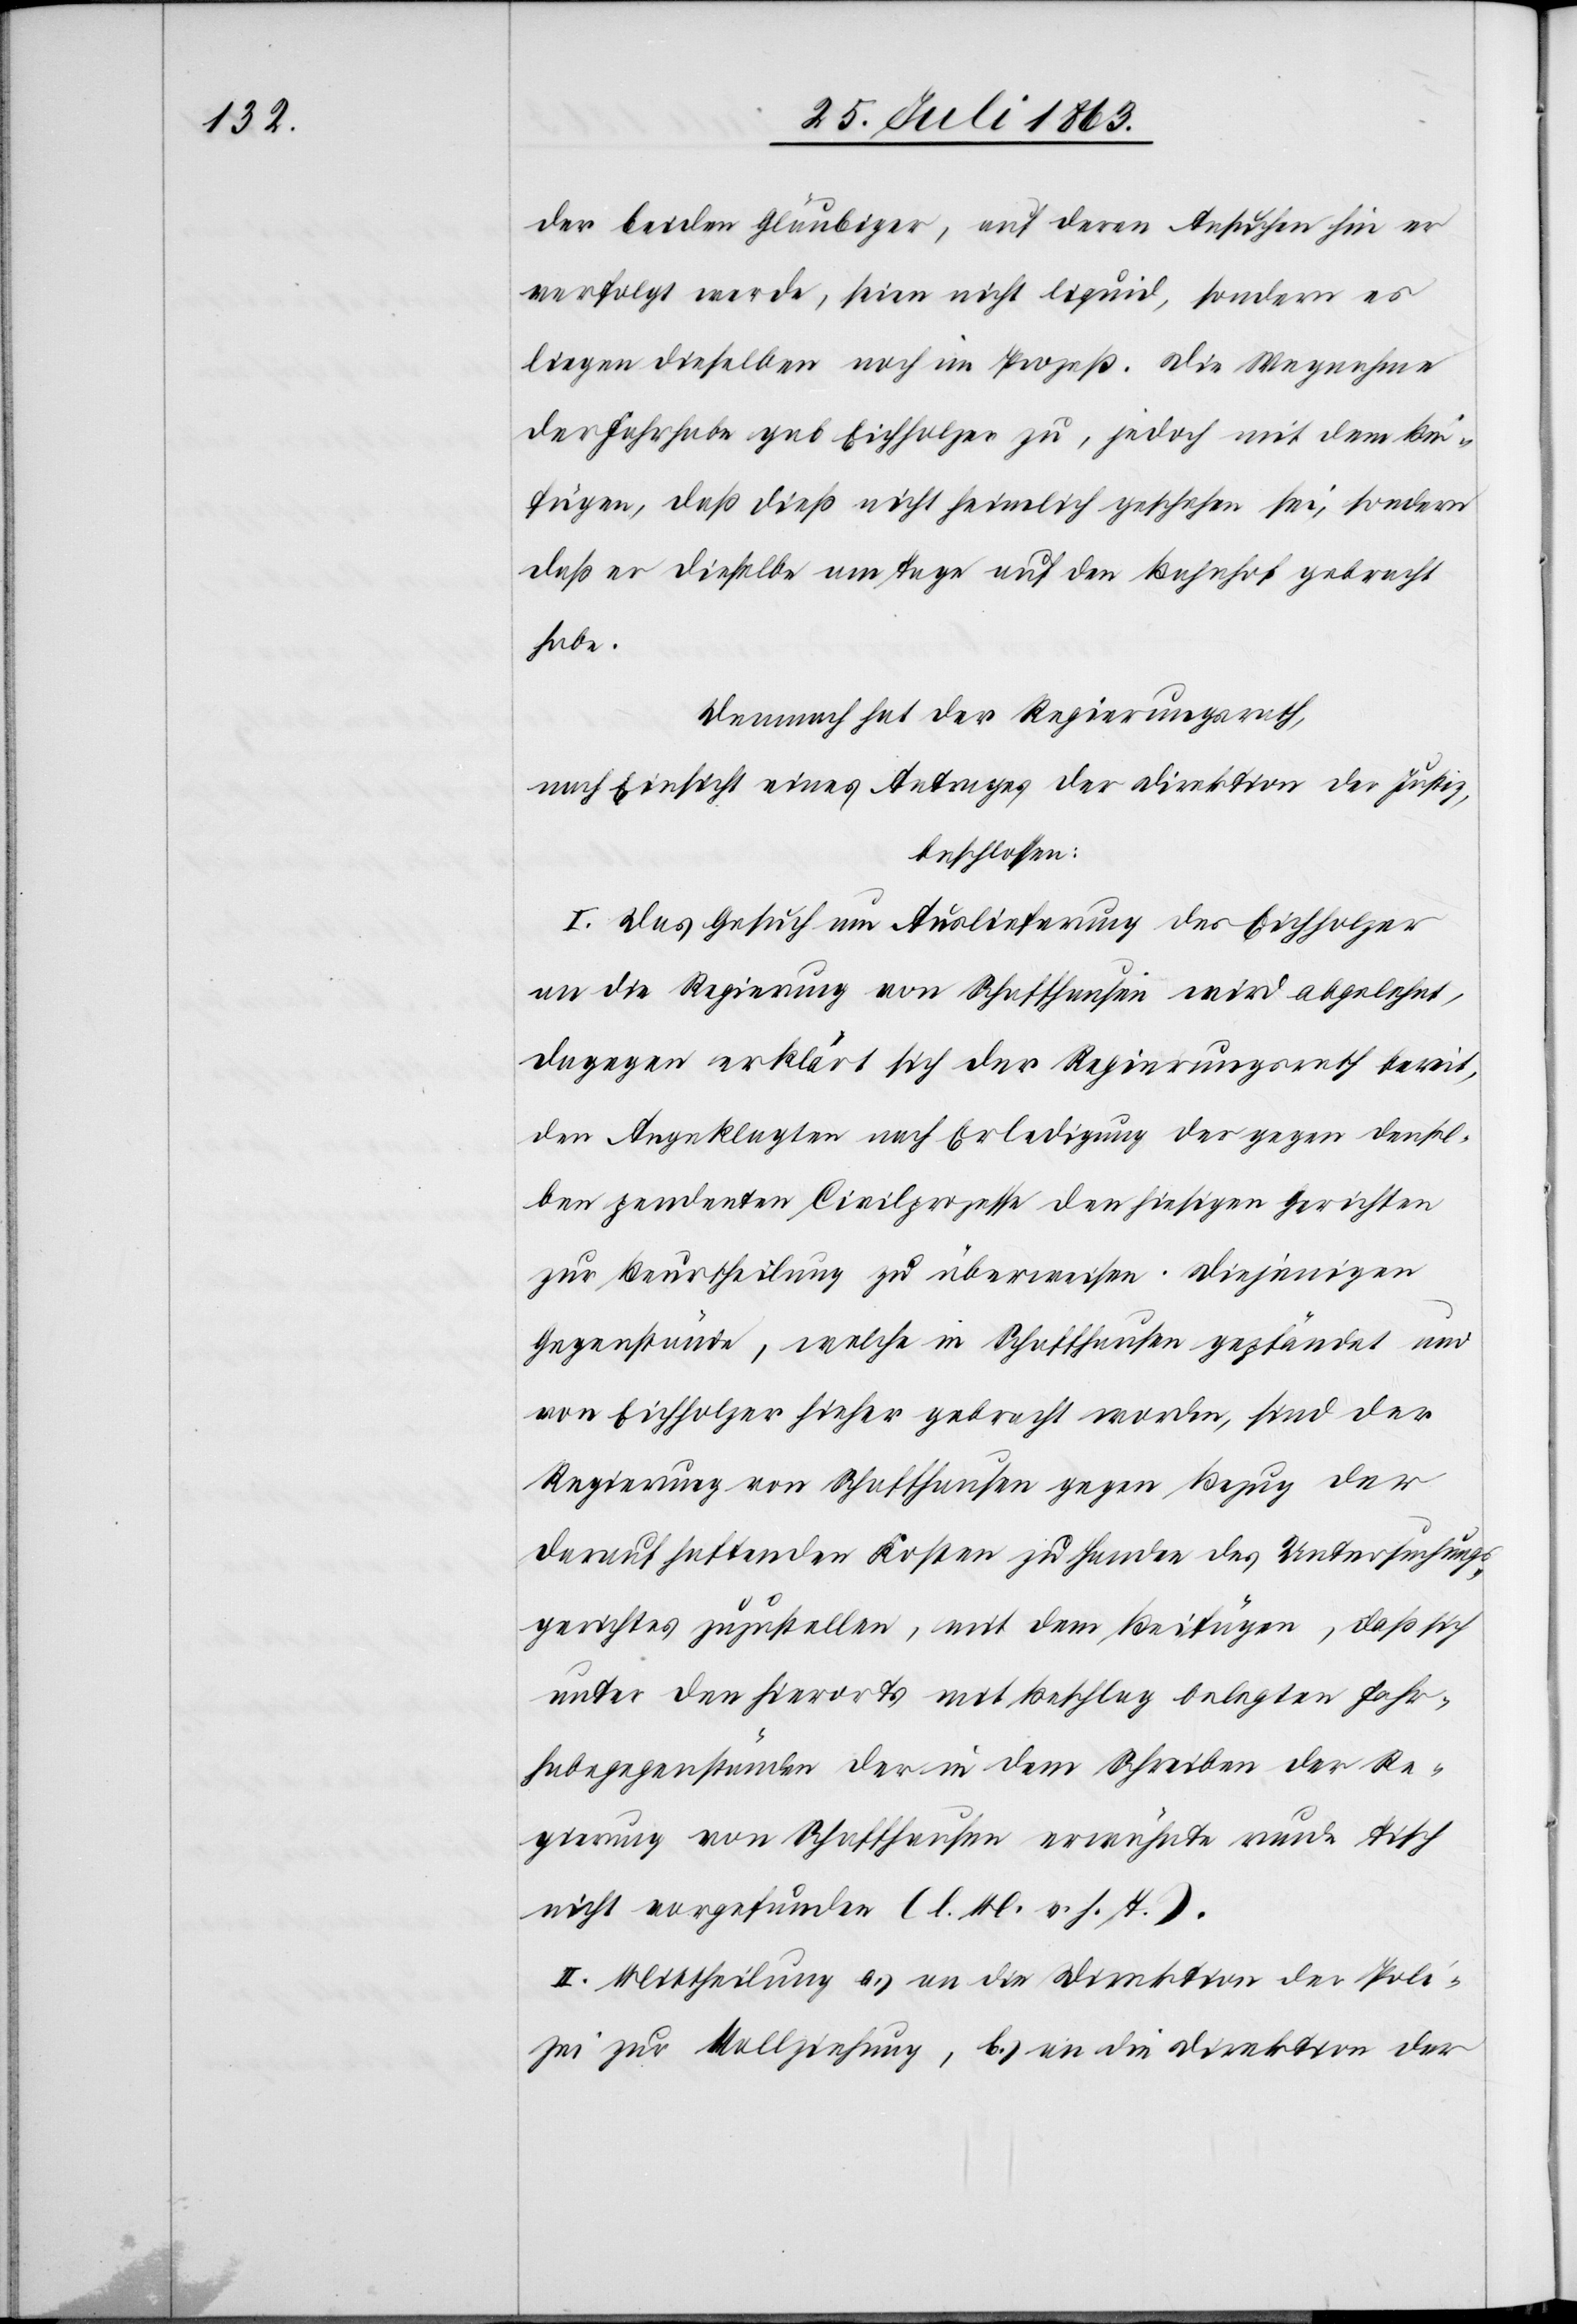
der beiden Gläubiger, auf deren Ansuchen hin er
verfolgt werde, seien nicht liquid, sondern es
liegen dieselben noch im Prozeß. Die Wegnahme
der Fahrhabe gab Eichholzer zu, jedoch mit dem Bei¬
fügen, daß dieß nicht heimlich geschehen sei, sondern
daß er dieselbe am Tage auf den Bahnhof gebracht
habe.
Demnach hat der Regierungsrath,
nach Einsicht eines Antrages der Direktion der Justiz,
beschlossen:
I. Das Gesuch um Auslieferung des Eichholzer
an die Regierung von Schaffhausen wird abgelehnt,
dagegen erklärt sich der Regierungsrath bereit,
den Angeklagten nach Erledigung der gegen densel¬
ben pendenten Civilprozesse den hiesigen Gerichten
zur Beurtheilung zu überweisen. Diejenigen
Gegenstände, welche in Schaffhausen gepfändet und
von Eichholzer hieher gebracht worden, sind der
Regierung von Schaffhausen gegen Bezug der
darauf haftenden Kosten zu Handen des Untersuchungs¬
gerichtes zuzustellen, mit dem Beifügen, daß sich
unter den hierorts mit Beschlag belegten Fahr¬
habegegenständen der in dem Schreiben der Re¬
gierung von Schaffhausen erwähnte runde Tisch
nicht vorgefunden (l. M. v. h. T.).
II. Mittheilung a.) an die Direktion der Poli¬
zei zur Vollziehung, b.) an die Direktion der